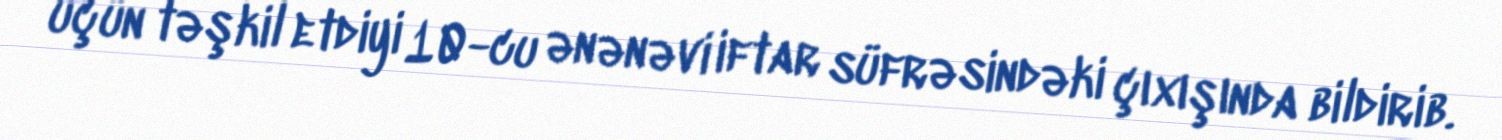
üçün təşkil etdiyi 10-cu ənənəvi iftar süfrəsindəki çıxışında bildirib.